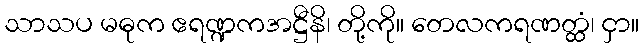
သာသပ မဓုက ဧရဏ္ဍကအဋ္ဌီနိ၊ တို့ကို။ တေလကရဏတ္ထံ၊ ငှာ။